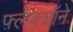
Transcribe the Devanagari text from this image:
फ़्लेक्शॉने